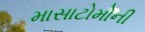
માસાટોમોની